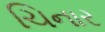
ચિનાર